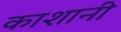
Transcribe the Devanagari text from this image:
काशानी